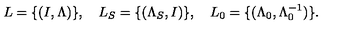
L = \{ ( I , \Lambda ) \} , \quad L _ { S } = \{ ( \Lambda _ { S } , I ) \} , \quad L _ { 0 } = \{ ( \Lambda _ { 0 } , \Lambda _ { 0 } ^ { - 1 } ) \} .